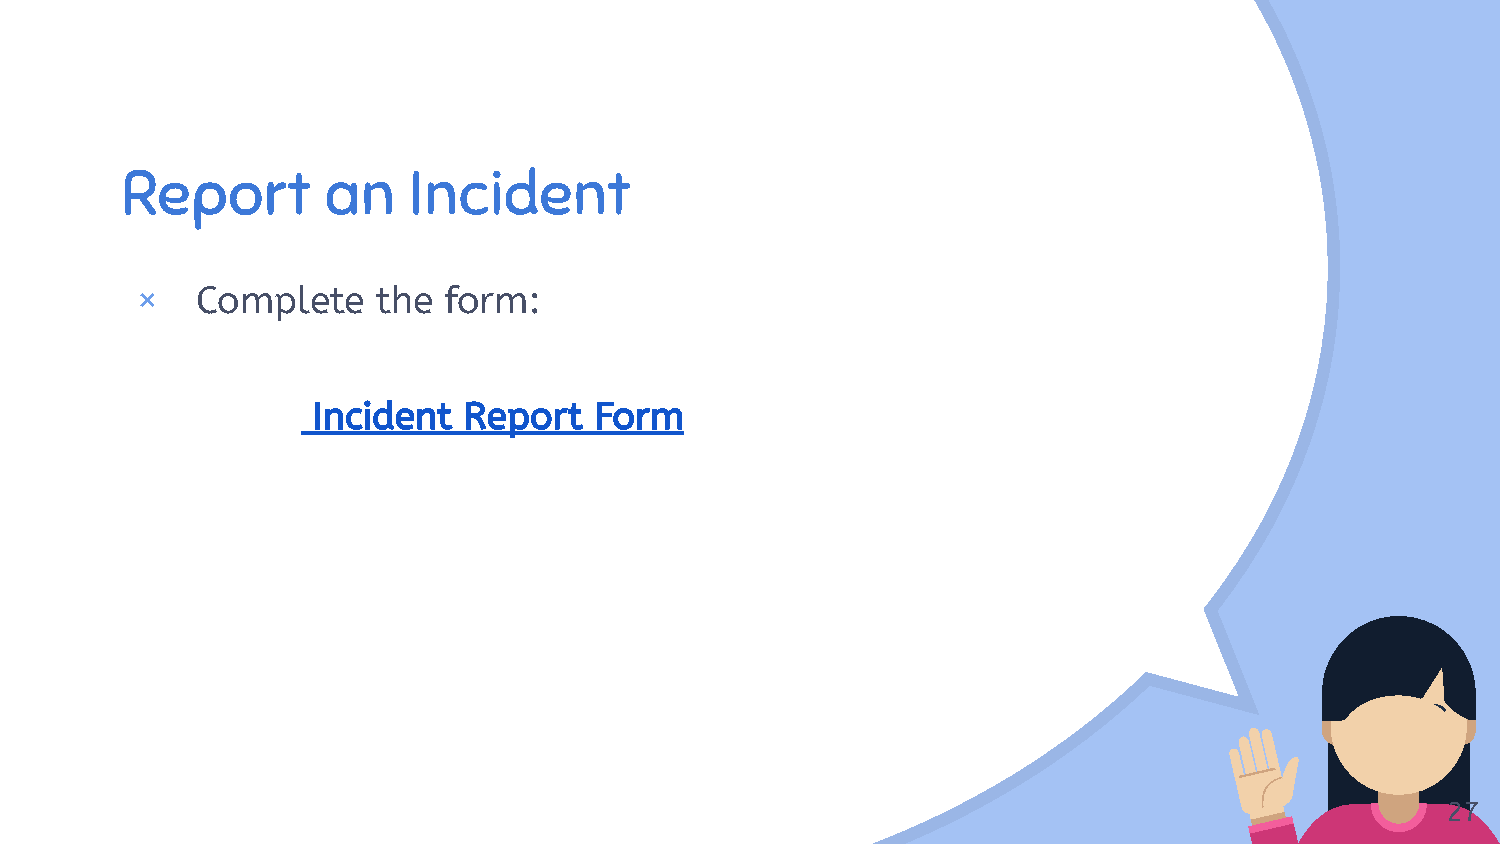
R“eport       an   Incident
 ×   Complete    the form:
 Incident  Report  Form
 27